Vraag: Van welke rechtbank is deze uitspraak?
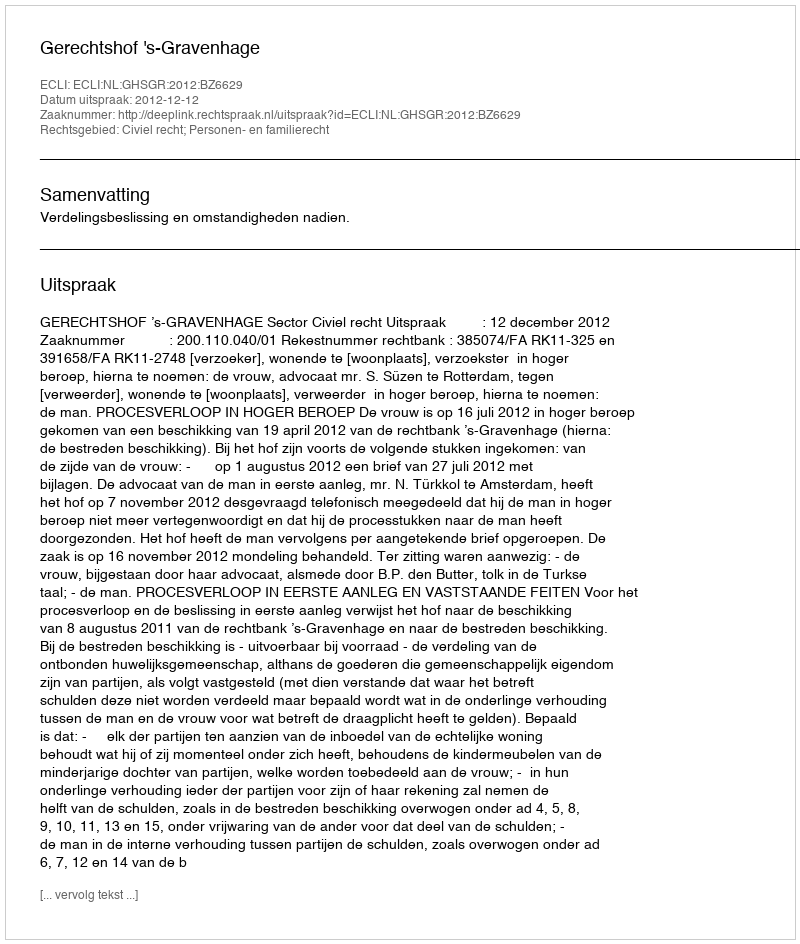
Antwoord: Gerechtshof 's-Gravenhage